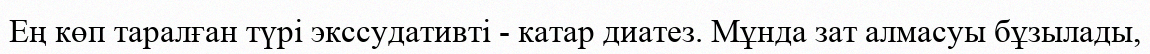
Ең көп таралған түрі экссудативті - катар диатез. Мұнда зат алмасуы бұзылады,